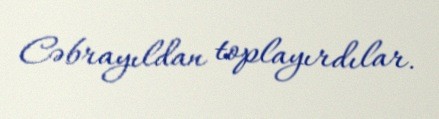
Cəbrayıldan toplayırdılar.